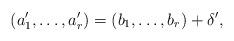
LaTeX: \begin{align*}(a'_{1}, \ldots, a'_{r}) = (b_1, \ldots, b_r) + \delta',\end{align*}